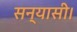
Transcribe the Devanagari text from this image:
सन्यासी।